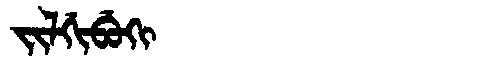
Manchu: ᠵᡳᠯᡤᡳᠪᡠᡴᡳ
Romanization: JILGIBUKI